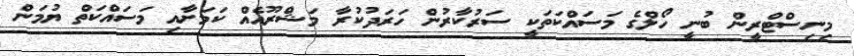
މިނިސްޓްރީން ބުނީ ހޯލްގެ މަސައްކަތަކީ ސަރުކާރުން ހަރަދުކުރާ މަޝްރޫއެއް ކަމަށާއި މަސައްކަތް ޔުމަން